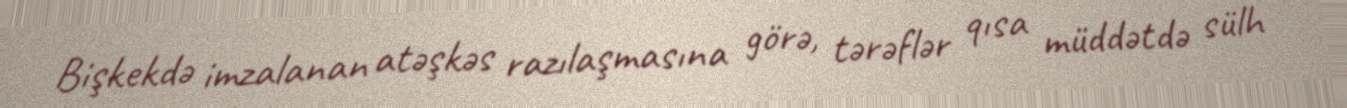
Bişkekdə imzalanan atəşkəs razılaşmasına görə, tərəflər qısa müddətdə sülh